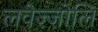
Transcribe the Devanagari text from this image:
लवेज़्ज़ोलि